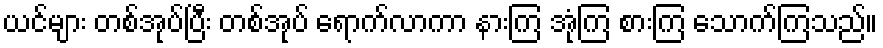
ယင်များ တစ်အုပ်ပြီး တစ်အုပ် ရောက်လာကာ နားကြ အုံကြ စားကြ သောက်ကြသည်။